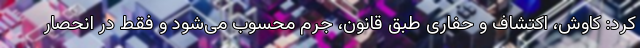
کرد: کاوش، اکتشاف و حفاری طبق قانون، جرم محسوب می‌شود و فقط در انحصار